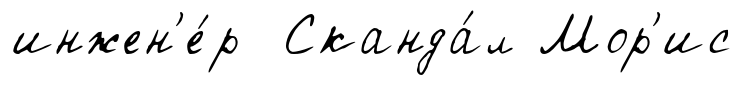
инжен'е́р Сканда́л Мор'ис